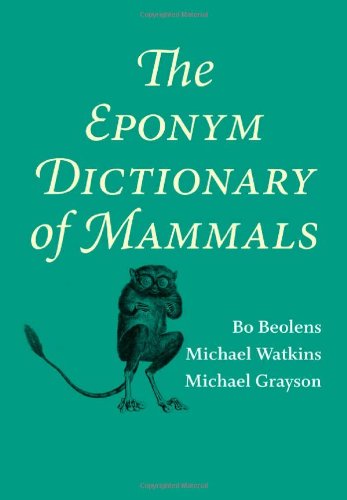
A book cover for The Eponym Dictionary of Mammals; Bo Beolens; Science & Math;